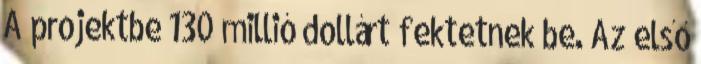
A projektbe 130 millió dollárt fektetnek be. Az első